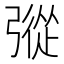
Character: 𢐔